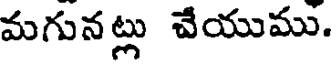
మగునట్లు చేయుము.